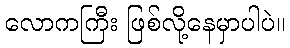
လောကကြီး ဖြစ်လို့နေမှာပါပဲ။